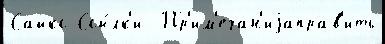
Сайкс Ссы́лк'и  Пр'им'ечан'иjаправ'ить